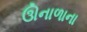
ઊનાળાના